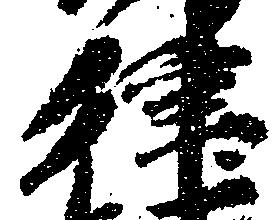
律